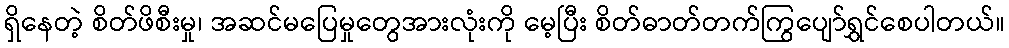
ရှိနေတဲ့ စိတ်ဖိစီးမှု၊ အဆင်မပြေမှုတွေအားလုံးကို မေ့ပြီး စိတ်ဓာတ်တက်ကြွပျော်ရွှင်စေပါတယ်။